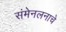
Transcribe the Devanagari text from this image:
संमेनलनाचे